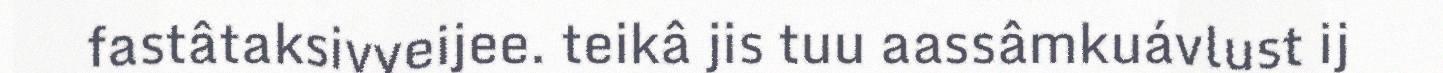
fastâtaksivyeijee. teikâ jis tuu aassâmkuávlust ij